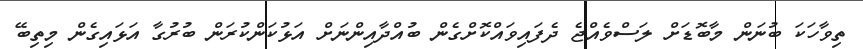
ތިވާހަކަ ބުނަން މާބޮޑަށް ލަސްވެއްޖެ ދެފައިވައްކޮށްގެން ބުއްދާއިންނަށް އަޅުކަންކުރަން ބުރުގާ އަޅައިގެން މިތިބޭ